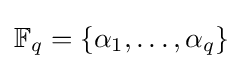
\mathbb {F} _{q}=\{\alpha _{1},\dots ,\alpha _{q}\}